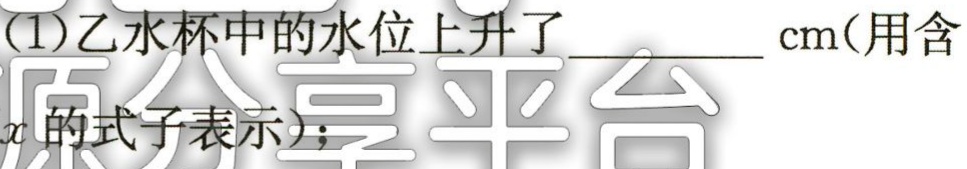
(1)乙水杯中的水位上升了______cm(用含

\(x\)的式子表示)；